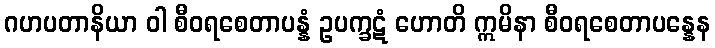
ဂဟပတာနိယာ ဝါ စီဝရစေတာပန္နံ ဥပက္ခဋံ ဟောတိ ဣမိနာ စီဝရစေတာပန္နေန